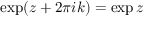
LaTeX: \exp ( z + 2 \pi i k ) = \exp z